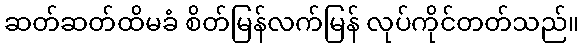
ဆတ်ဆတ်ထိမခံ စိတ်မြန်လက်မြန် လုပ်ကိုင်တတ်သည်။